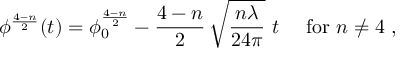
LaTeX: \phi ^ { \frac { 4 - n } { 2 } } ( t ) = \phi _ { 0 } ^ { \frac { 4 - n } { 2 } } - \frac { 4 - n } { 2 } \, \sqrt { \frac { n \lambda } { 2 4 \pi } } \ t \ \ \ \ \mathrm { f o r } \ n \not = 4 \ ,